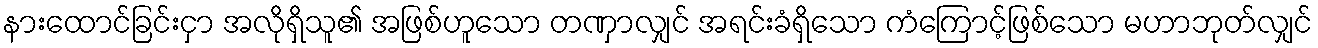
နားထောင်ခြင်းငှာ အလိုရှိသူ၏ အဖြစ်ဟူသော တဏှာလျှင် အရင်းခံရှိသော ကံကြောင့်ဖြစ်သော မဟာဘုတ်လျှင်